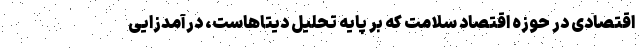
اقتصادی در حوزه اقتصاد سلامت که بر پایه تحلیل دیتاهاست، درآمدزایی